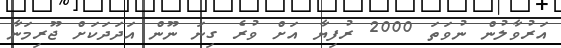
އަރުވާލުން ނުވަތަ 2000 ރުފިޔާ އަށް ވުރެ ގިނަ ނޫން އަދަދަކަށް ޖޫރިމަނާ